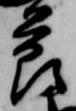
節